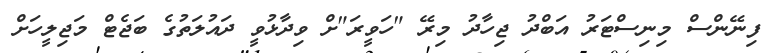
ފިނޭންސް މިނިސްޓަރު އަބްދު ޖިހާދު މިރޭ "ހަވީރަ"ށް ވިދާޅުވީ ދައުލަތުގެ ބަޖެޓް މަޖިލީހަށް